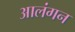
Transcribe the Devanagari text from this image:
आलंगन